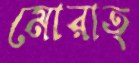
মোরাত্